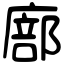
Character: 廍